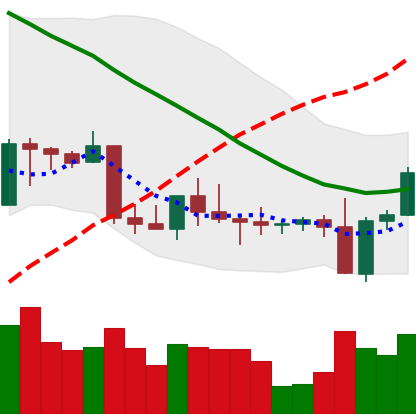
Ticker: BNB-USD
Chart end date: 2022-09-09
Forward return: -4.779%
Label: down_3_5